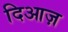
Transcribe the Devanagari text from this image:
दिआज़